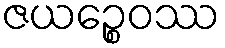
ဇယဉ္စေဝဿ